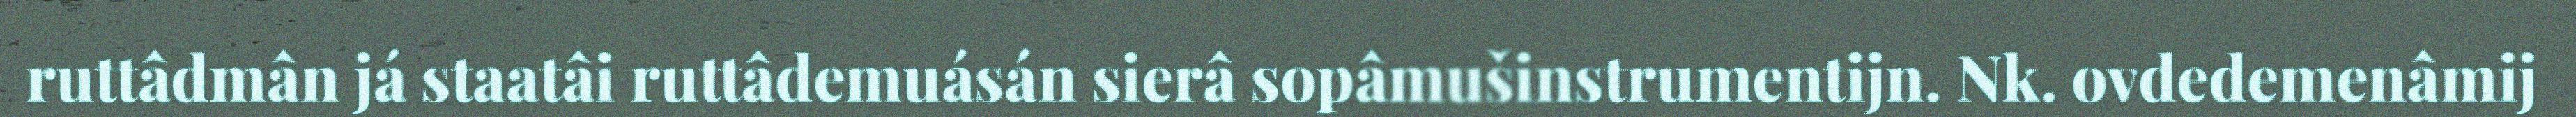
ruttâdmân já staatâi ruttâdemuásán sierâ sopâmušinstrumentijn. Nk. ovdedemenâmij